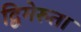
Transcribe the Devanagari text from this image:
द्विमेरुता